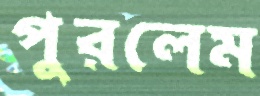
পুরলেম